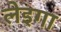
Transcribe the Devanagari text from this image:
लेइगा